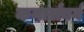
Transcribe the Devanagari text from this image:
कनार्सबर्ग